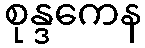
စုန္ဒကေန